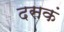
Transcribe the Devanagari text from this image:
दसकं